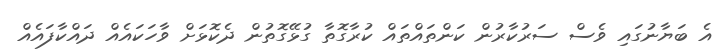
އެ ބަޔާނުގައި ވެސް ސަރުކާރުން ކަންތައްތައް ކުރާގޮތާ ގުޅޭގޮތުން ދެކޮޅަށް ވާހަކައެއް ދައްކާފައެއް